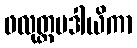
ဖလုတ္တမဒါယိကာ